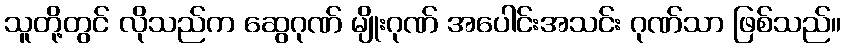
သူတို့တွင် လိုသည်က ဆွေဂုဏ် မျိုးဂုဏ် အပေါင်းအသင်း ဂုဏ်သာ ဖြစ်သည်။